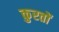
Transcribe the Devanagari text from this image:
कुरतों